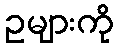
ဥများကို